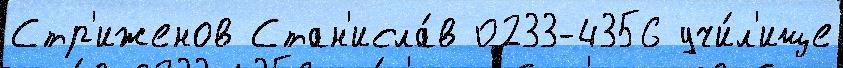
Стр'иженов Стан'исла́в 0233-4356 учи́л'ище